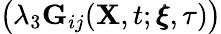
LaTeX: \big(\lambda_{3}\mathbf{G}_{ij}(\mathbf{X},t;\pmb{\xi},\tau)\big)